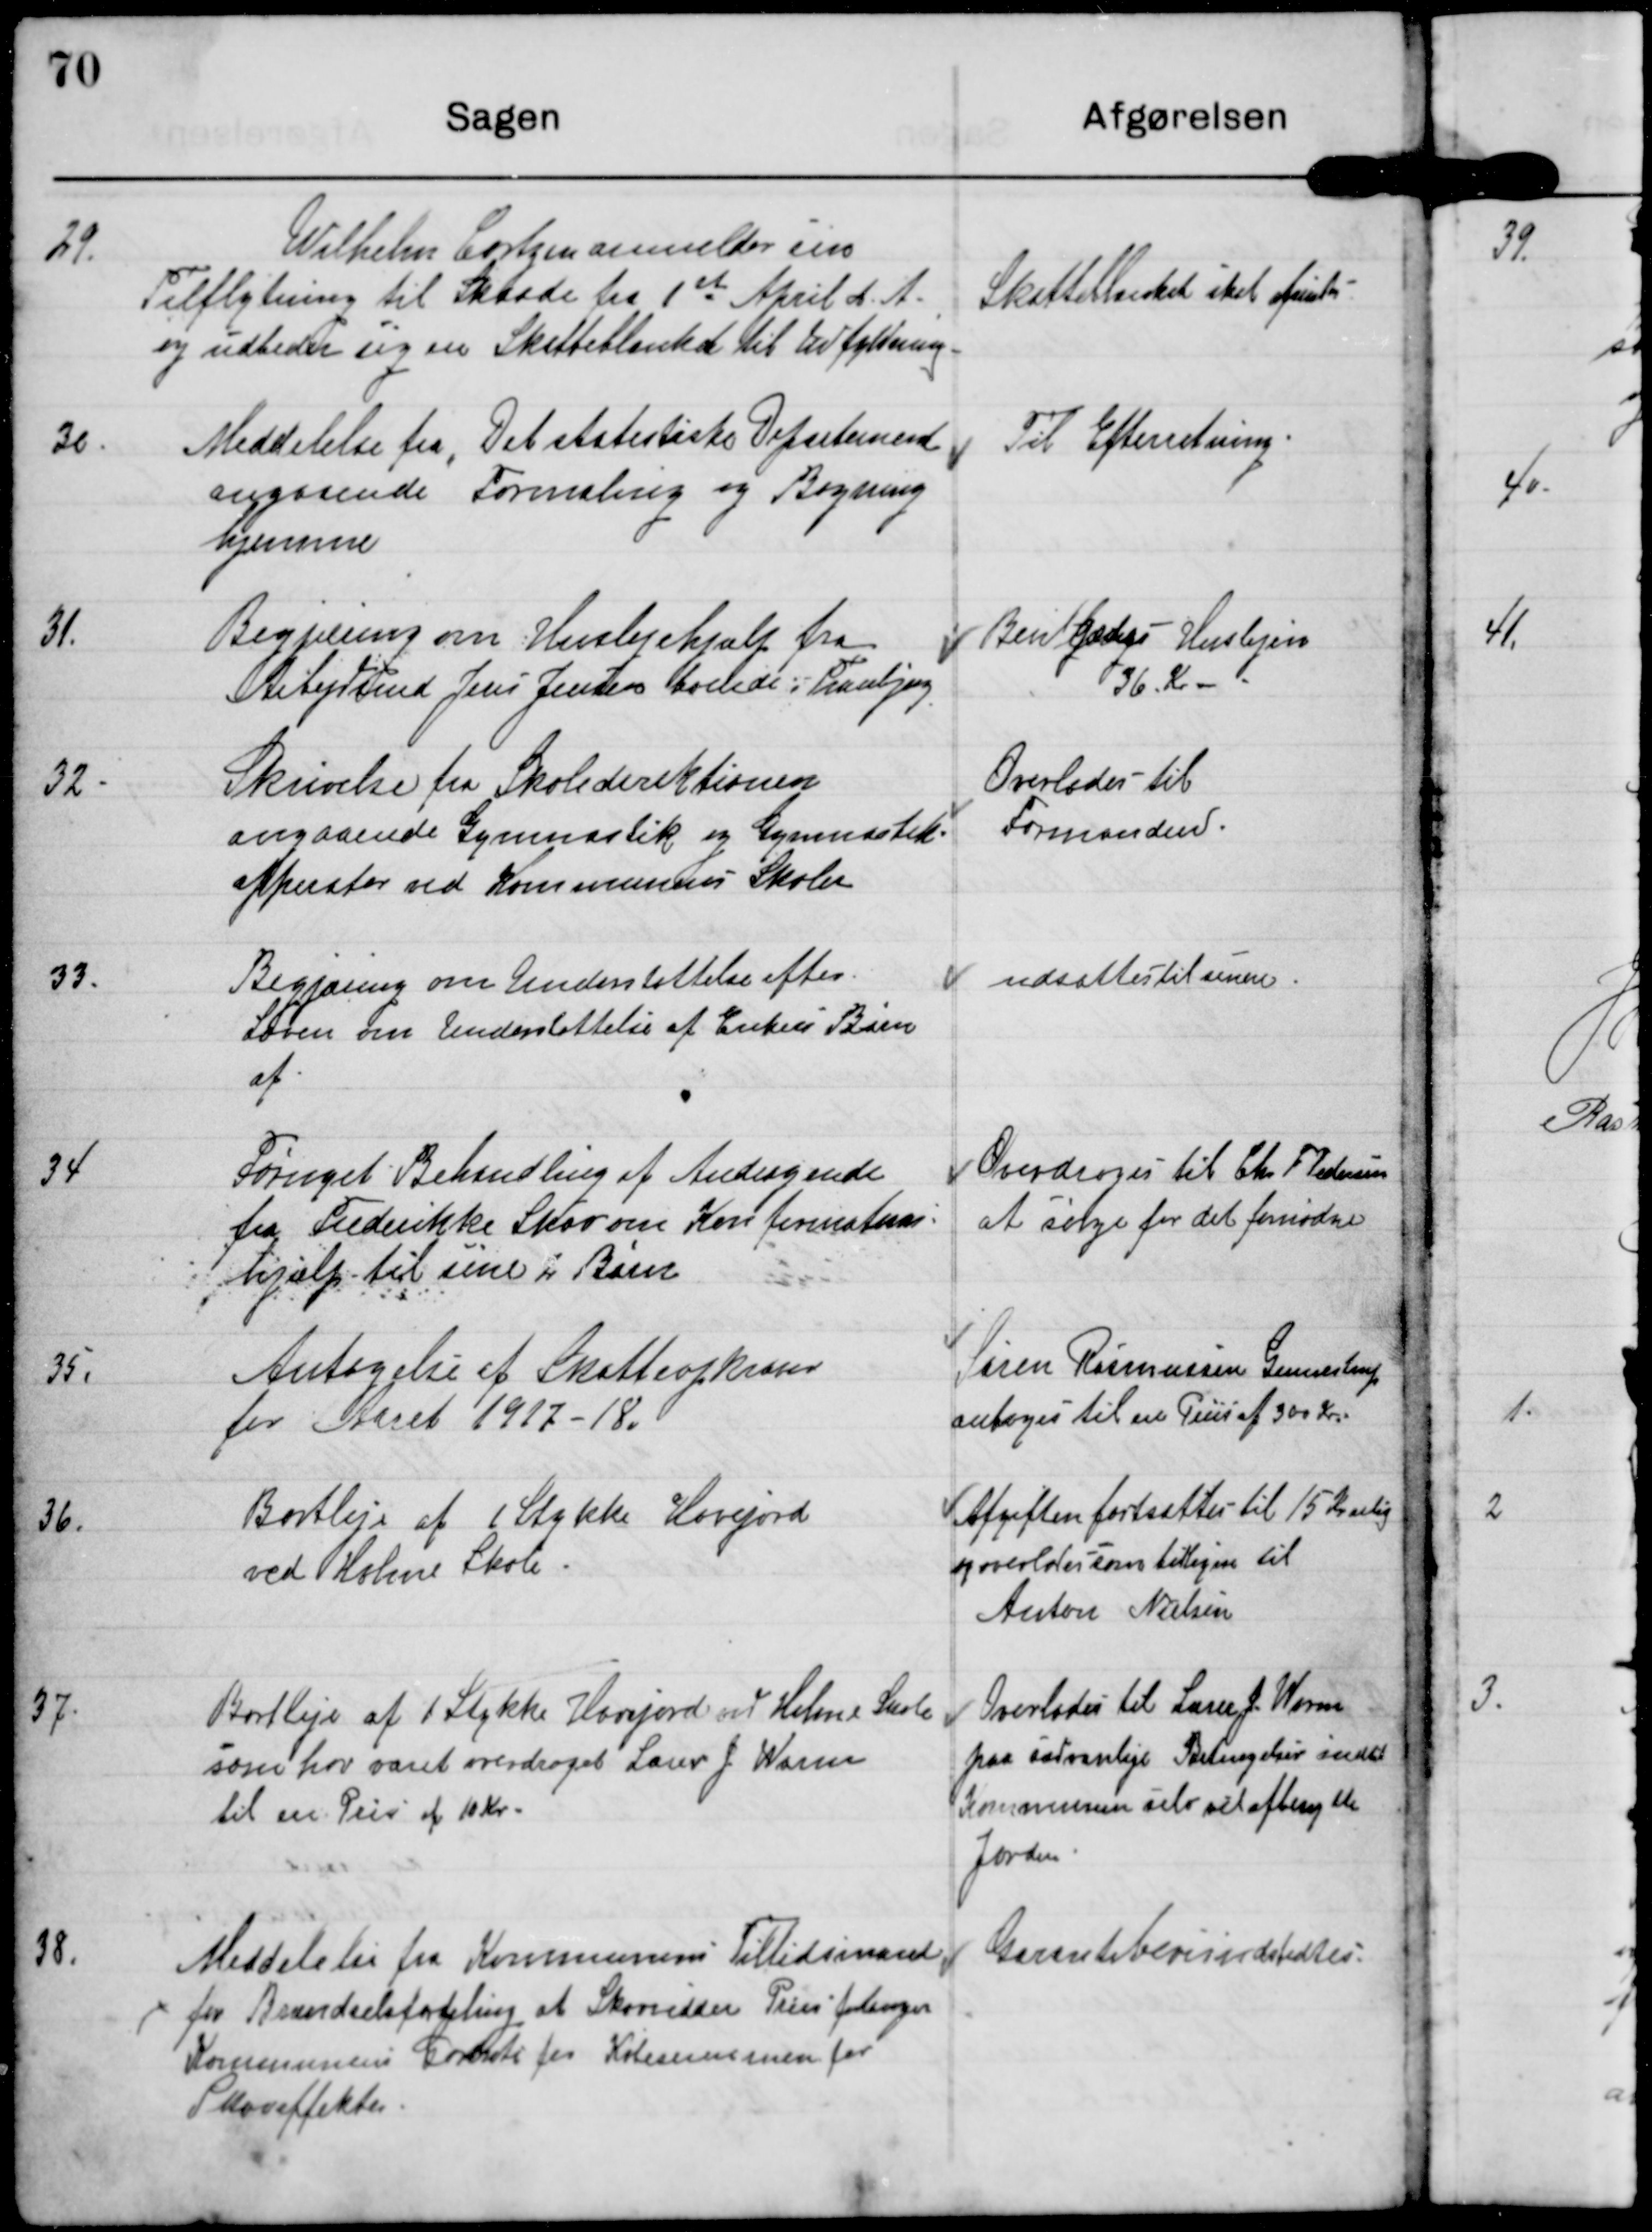
Transskription:
29. Wilhelm Cortsen anmelder sin
Tilflytning til Skaade fra 1st April d.A.
og udbeder sig en Skatteblanket til udfyldning.

Skatteblanket skal frems.

30. Meddelelse fra Det statistiske Departemend
angaaende Formaling og Bagning
hjemme

Til Efterretning

31. Begjæring om Huslejehjælp fra
Arbejdsmd Jens Jensen boende i Tranbjerg

Bevilliges Huslejen
36 Kr

32. Skrivelse fra Skolederektionen
angaaende Gymnastik og Gymnastik-
apparater ved Kommunens Skoler

Overlades til
Formanden.

33. Begjæring om Understøttelse efter
Loven om Understøttelse af Enkens Børn
af

udsættes til senere

34 Fornyet Behandling af Andragende
fra Frederikke Skov om Konfirmations
hjælp til sine 2 Børn

Overdrages til Chr F Pedersen
at sørge for det fornødne

35. Antagelse af Skatteopkrævn.
for Aaret 1917-18.

Søren Rasmussen Gunnestrup
antoges til en Pris af 300 Kr

36. Bortleje af 1 Stykke Havejord
ved Holme Skole.

Afgiften fastsættes til 15 Kr aarlig
og overlades som tidligere til
Anton Nielsen

37. Bortleje af 1 Stykke Havejord ved Holme Skole
som har været overdraget Lærer J Worm
til en Pris af 10 Kr.

Overlades til Lærer J. Worm
paa sædvanlige Betingelser indtil
Kommunen selv vil afbenytte
Jorden

38. Meddelelse fra Kommunens Tillidsmand
for Brændselsfordeling at Skovridder Prin forlanger
Kommunens Godkendelse for Købesummen for
Skoveffekter.

Garantibeviser udstedtes.